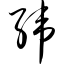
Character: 纬